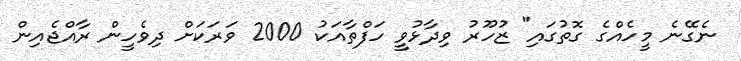
ނެގޭނެ މީހެއްގެ ގޮތުގައި" ޒުހޫރު ވިދާޅުވީ ހަފްތާއަކު 2000 ވަރަކަށް ދިވެހީން ރާއްޖެއިން